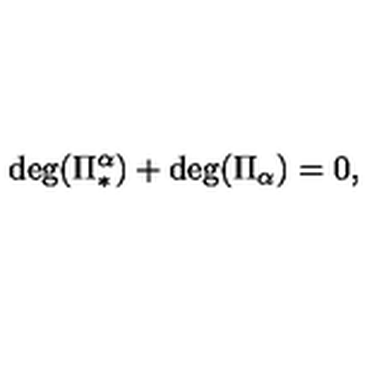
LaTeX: \mathrm { d e g } ( \Pi _ { * } ^ { \alpha } ) + \mathrm { d e g } ( \Pi _ { \alpha } ) = 0 ,